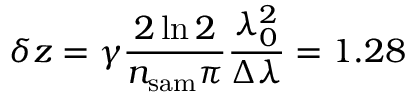
\delta z = \gamma \frac { 2 \ln { 2 } } { n _ { \mathrm { s a m } } \pi } \frac { \lambda _ { 0 } ^ { 2 } } { \Delta \lambda } = 1 . 2 8